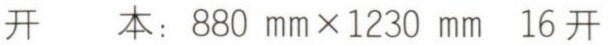
开 本：880 mm×1230 mm 16开